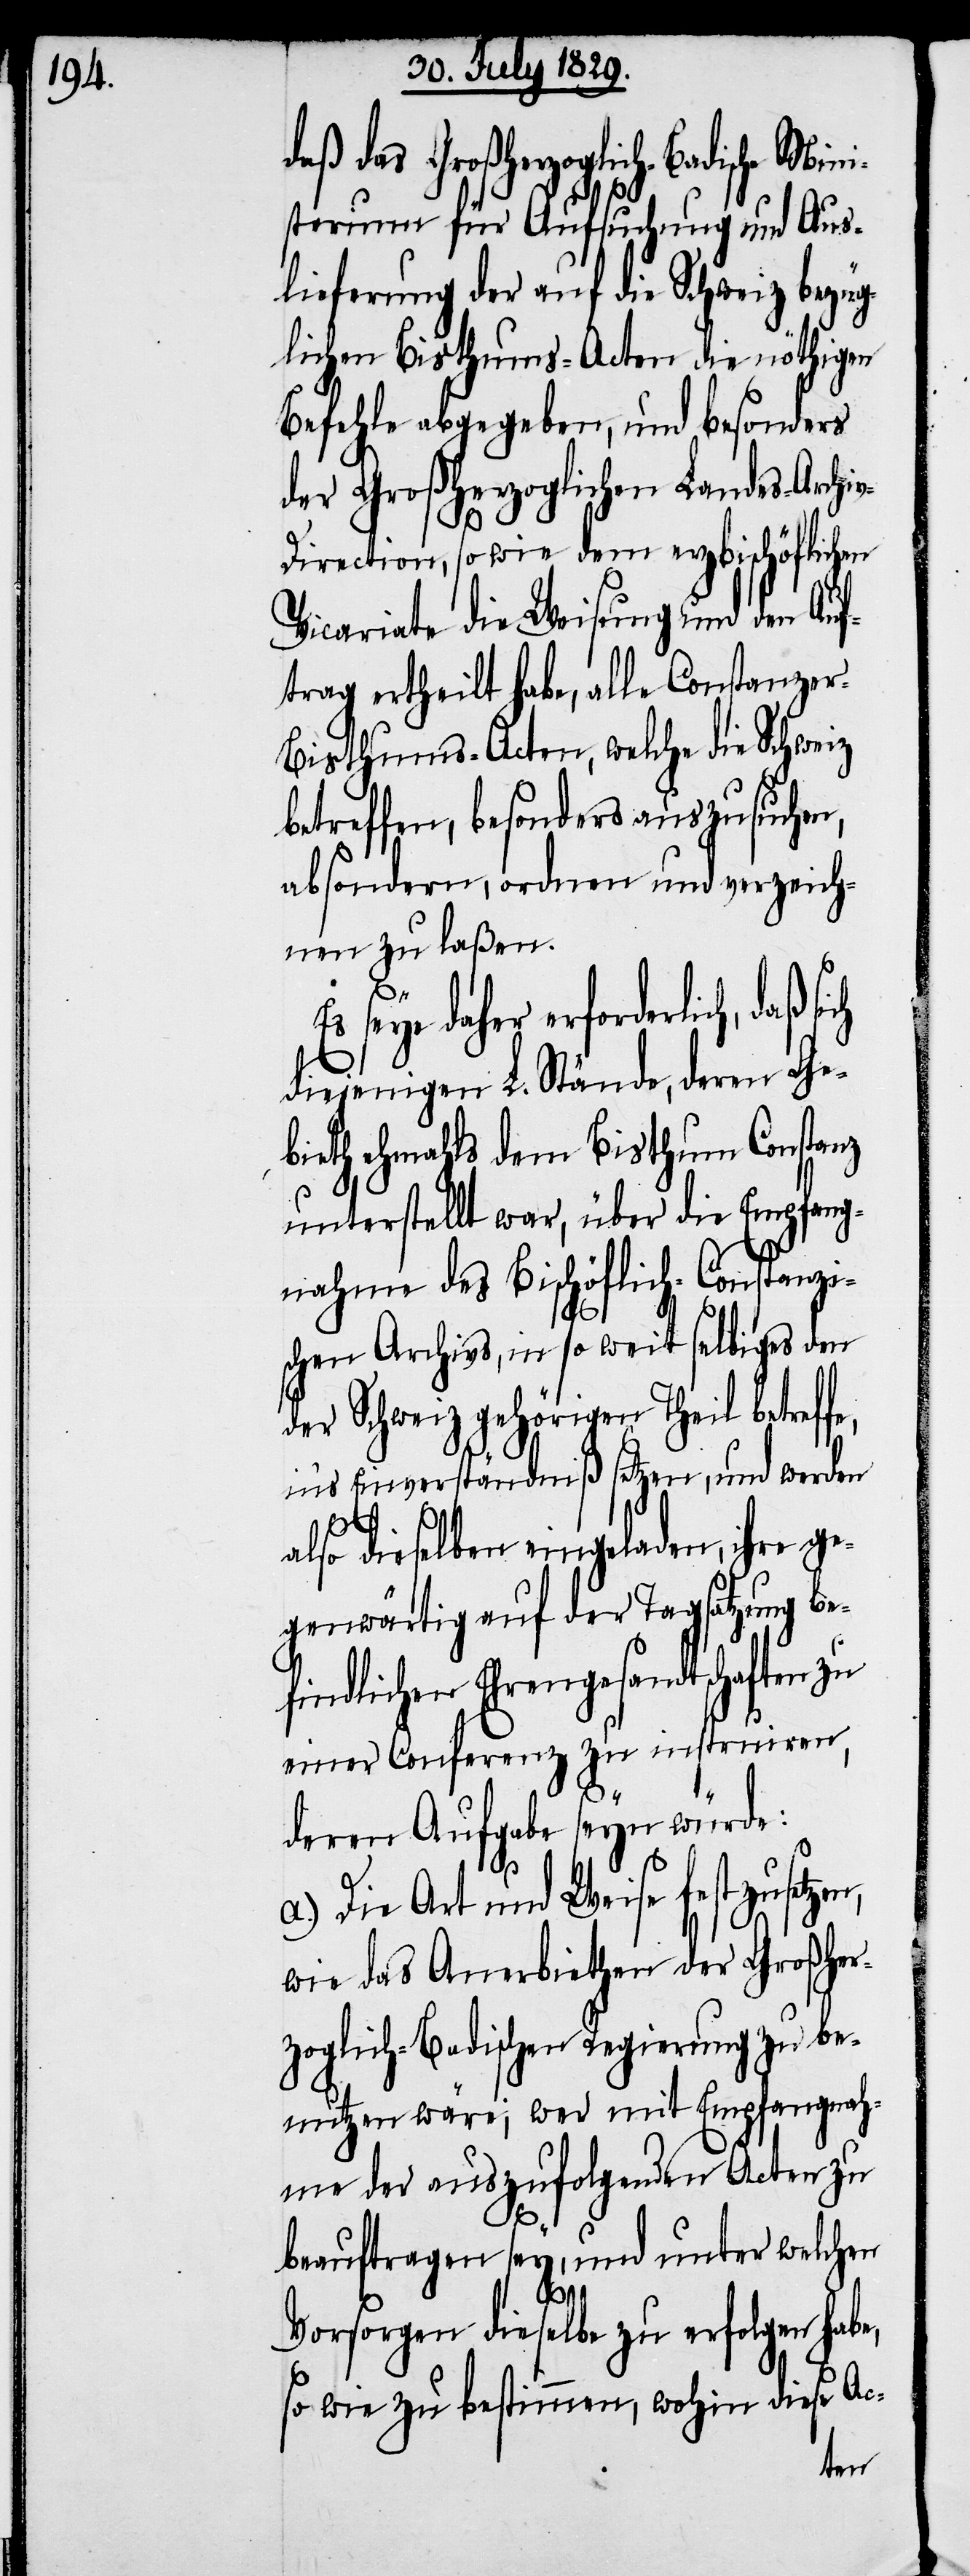
daß das Großherzoglich-Badi¬
sterium für Aufsuchung und Aus¬
lieferung der auf die Schweiz bezüg¬
lichen Bisthums-Acten die nöthigen
Befehle abgegeben, und besonders
der Großherzoglichen Landes-Archi¬
irection, sowie dem erzbischöflichen
Vicariate die Weisung und den Auf¬
trag ertheilt habe, alle Constanzer-B¬
isthums-Acten, welche die Schweiz
betreffen, besonders auszusuchen,
absondern, ordnen und verzeich¬
nen zu laßen.
Es seye daher erforderlich, daß
diejenigen L. Stände, deren Ge¬
bieth ehemahls dem Bisthum Constanz
unterstellt war, über die Empfang¬
nahme des Bischöflich-Constanzi¬
schen Archivs, in so weit selbiges den
der Schweiz gehörigen Theil betref¬
in’s Einverständniß setzen, und werden
fe,
v-D¬
also dieselben eingeladen, ihre ge¬
genwärtig auf der Tagsatzung be¬
findlichen Ehrengesandtschaften zu
einer Conferenz zu instruiren,
deren Aufgabe seyn würde:
a.) Die Art und Weise festzusetze¬
wie das Anerbiethen der Großher¬
zoglich-Badischen Regierung zu be¬
nutzen wäre; wer mit Empfangnah¬
me der auszufolgenden Acten zu
beauftragen sey, und unter welchen
n,
Vorsorgen dieselbe zu erfolgen habe,
so wie zu bestimmen, wohin diese Ac-